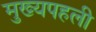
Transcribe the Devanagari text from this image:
मुख्यपहली